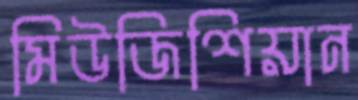
মিউজিশিয়ান